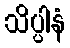
သိပ္ပါနံ